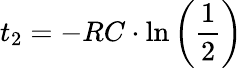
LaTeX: t_{2}=-RC\cdot\ln\left(\frac{1}{2}\right)